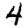
Digit: 4